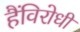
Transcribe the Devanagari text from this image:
हैंविरोधी